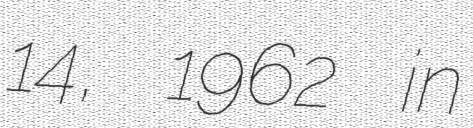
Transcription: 14, 1962 in